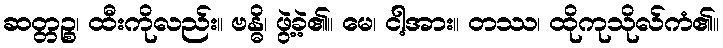
ဆတ္တဉ္စ၊ ထီးကိုလည်း။ ဗန္ဓိ၊ ဖွဲ့ခဲ့၏။ မေ၊ ငါ့အား။ တဿ၊ ထိုကုသိုလ်ကံ၏။